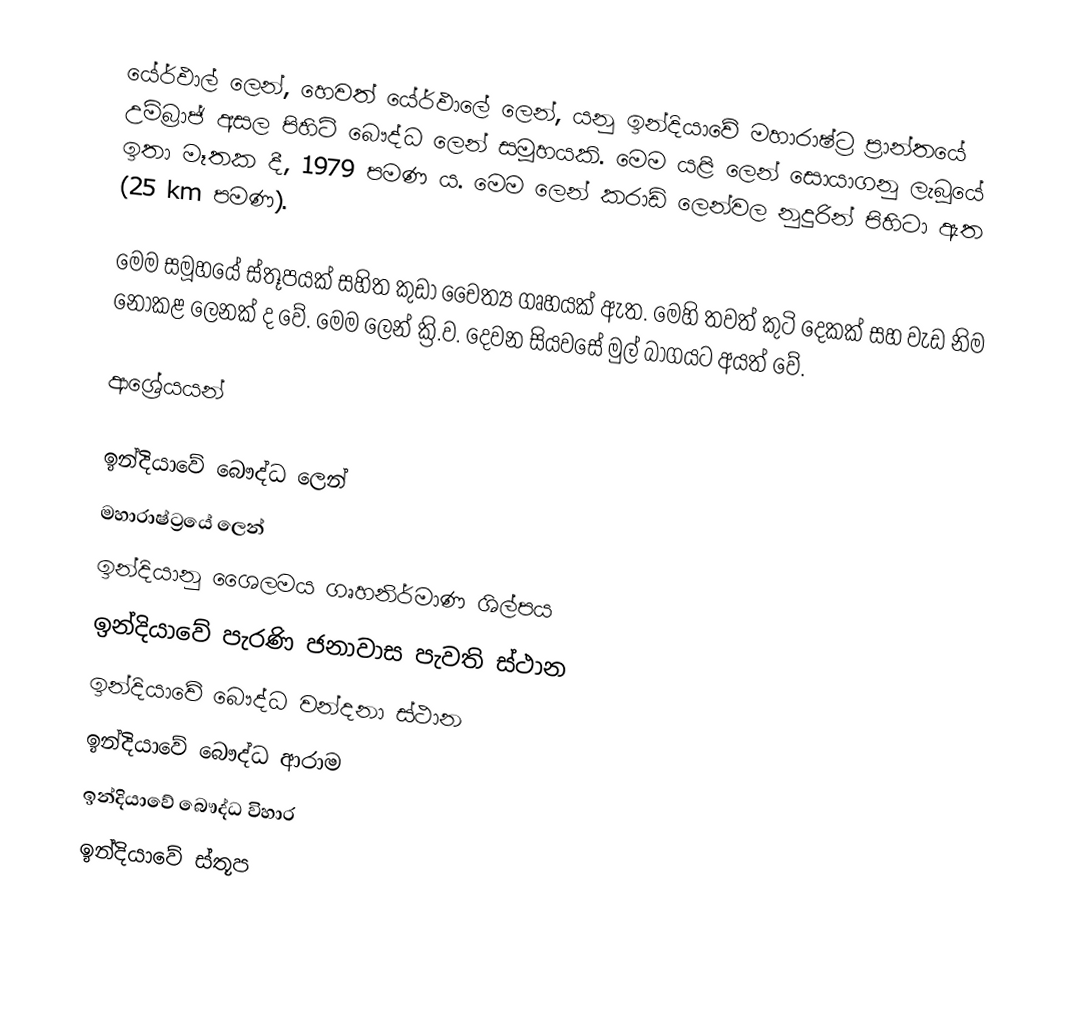
යේර්ඵාල් ලෙන්, හෙවත් යේර්ඵාලේ ලෙන්, ‍යනු ඉන්දියාවේ මහාරාෂ්ට්‍ර ප්‍රාන්තයේ උම්බ්‍රාජ් අසල පිහිටි බෞද්ධ ලෙන් සමූහයකි. මෙම යළි ලෙන් සොයාගනු ලැබූයේ ඉතා මෑතක දී, 1979 පමණ ය. මෙම ලෙන් කරාඩ් ලෙන්වල නුදුරින් පිහිටා ඇත (25 km පමණ).

මෙම සමූහයේ ස්තූපයක් සහිත කුඩා චෛත්‍ය ගෘහයක් ඇත. මෙහි තවත් කුටි දෙකක් සහ වැඩ නිම නොකළ ලෙනක් ද වේ. මෙම ලෙන් ක්‍රි.ව. දෙවන සියවසේ මුල් බාගයට අයත් වේ.

ආශ්‍රේයයන්

ඉන්දියාවේ බෞද්ධ ලෙන්
මහාරාෂ්ට්‍රයේ ලෙන්
ඉන්දියානු ශෛලමය ගෘහනිර්මාණ ශිල්පය
ඉන්දියාවේ පැරණි ජනාවාස පැවති ස්ථාන
ඉන්දියාවේ බෞද්ධ වන්දනා ස්ථාන
ඉන්දියාවේ බෞද්ධ ආරාම
ඉන්දියාවේ බෞද්ධ විහාර
ඉන්දියාවේ ස්තූප